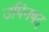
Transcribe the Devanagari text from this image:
उपिनषद